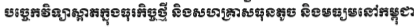
បច្ចេកវិទ្យាស្អាតក្នុងធុរកិច្ចថ្មី និងសហគ្រាសធុនតូច និងមធ្យមនៅកម្ពុជា